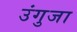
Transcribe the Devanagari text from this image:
उंगुजा